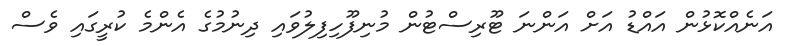
އަނެއްކޮޅުން އައްޑު އަށް އަންނަ ޓޫރިސްޓުން މުނިފޫހިފިލުވައި ދިނުމުގެ އެންމެ ކުރީގައި ވެސް